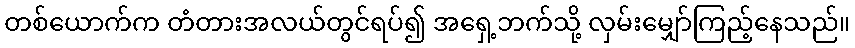
တစ်ယောက်က တံတားအလယ်တွင်ရပ်၍ အရှေ့ဘက်သို့ လှမ်းမျှော်ကြည့်နေသည်။